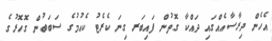
އެހެން ދިރާސާއެއްގައި ދައްކާ ގޮތުން ފައިބަރ ގިނަ ކެރެޓު ކެއުމުގެ ސަބަބުން ގޮހޮރުގެ